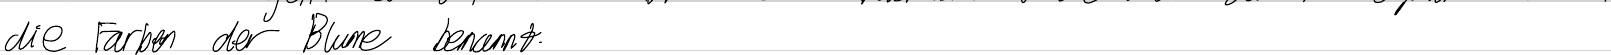
die Farben der Blume benannt.